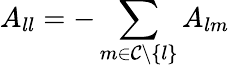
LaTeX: A_{ll}=-\sum_{m\in\mathcal{C}\setminus\{ l\} }A_{lm}